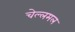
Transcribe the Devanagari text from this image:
चेल्लमल